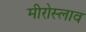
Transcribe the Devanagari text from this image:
मीरोस्लाव